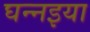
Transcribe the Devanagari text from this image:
घन्नइया